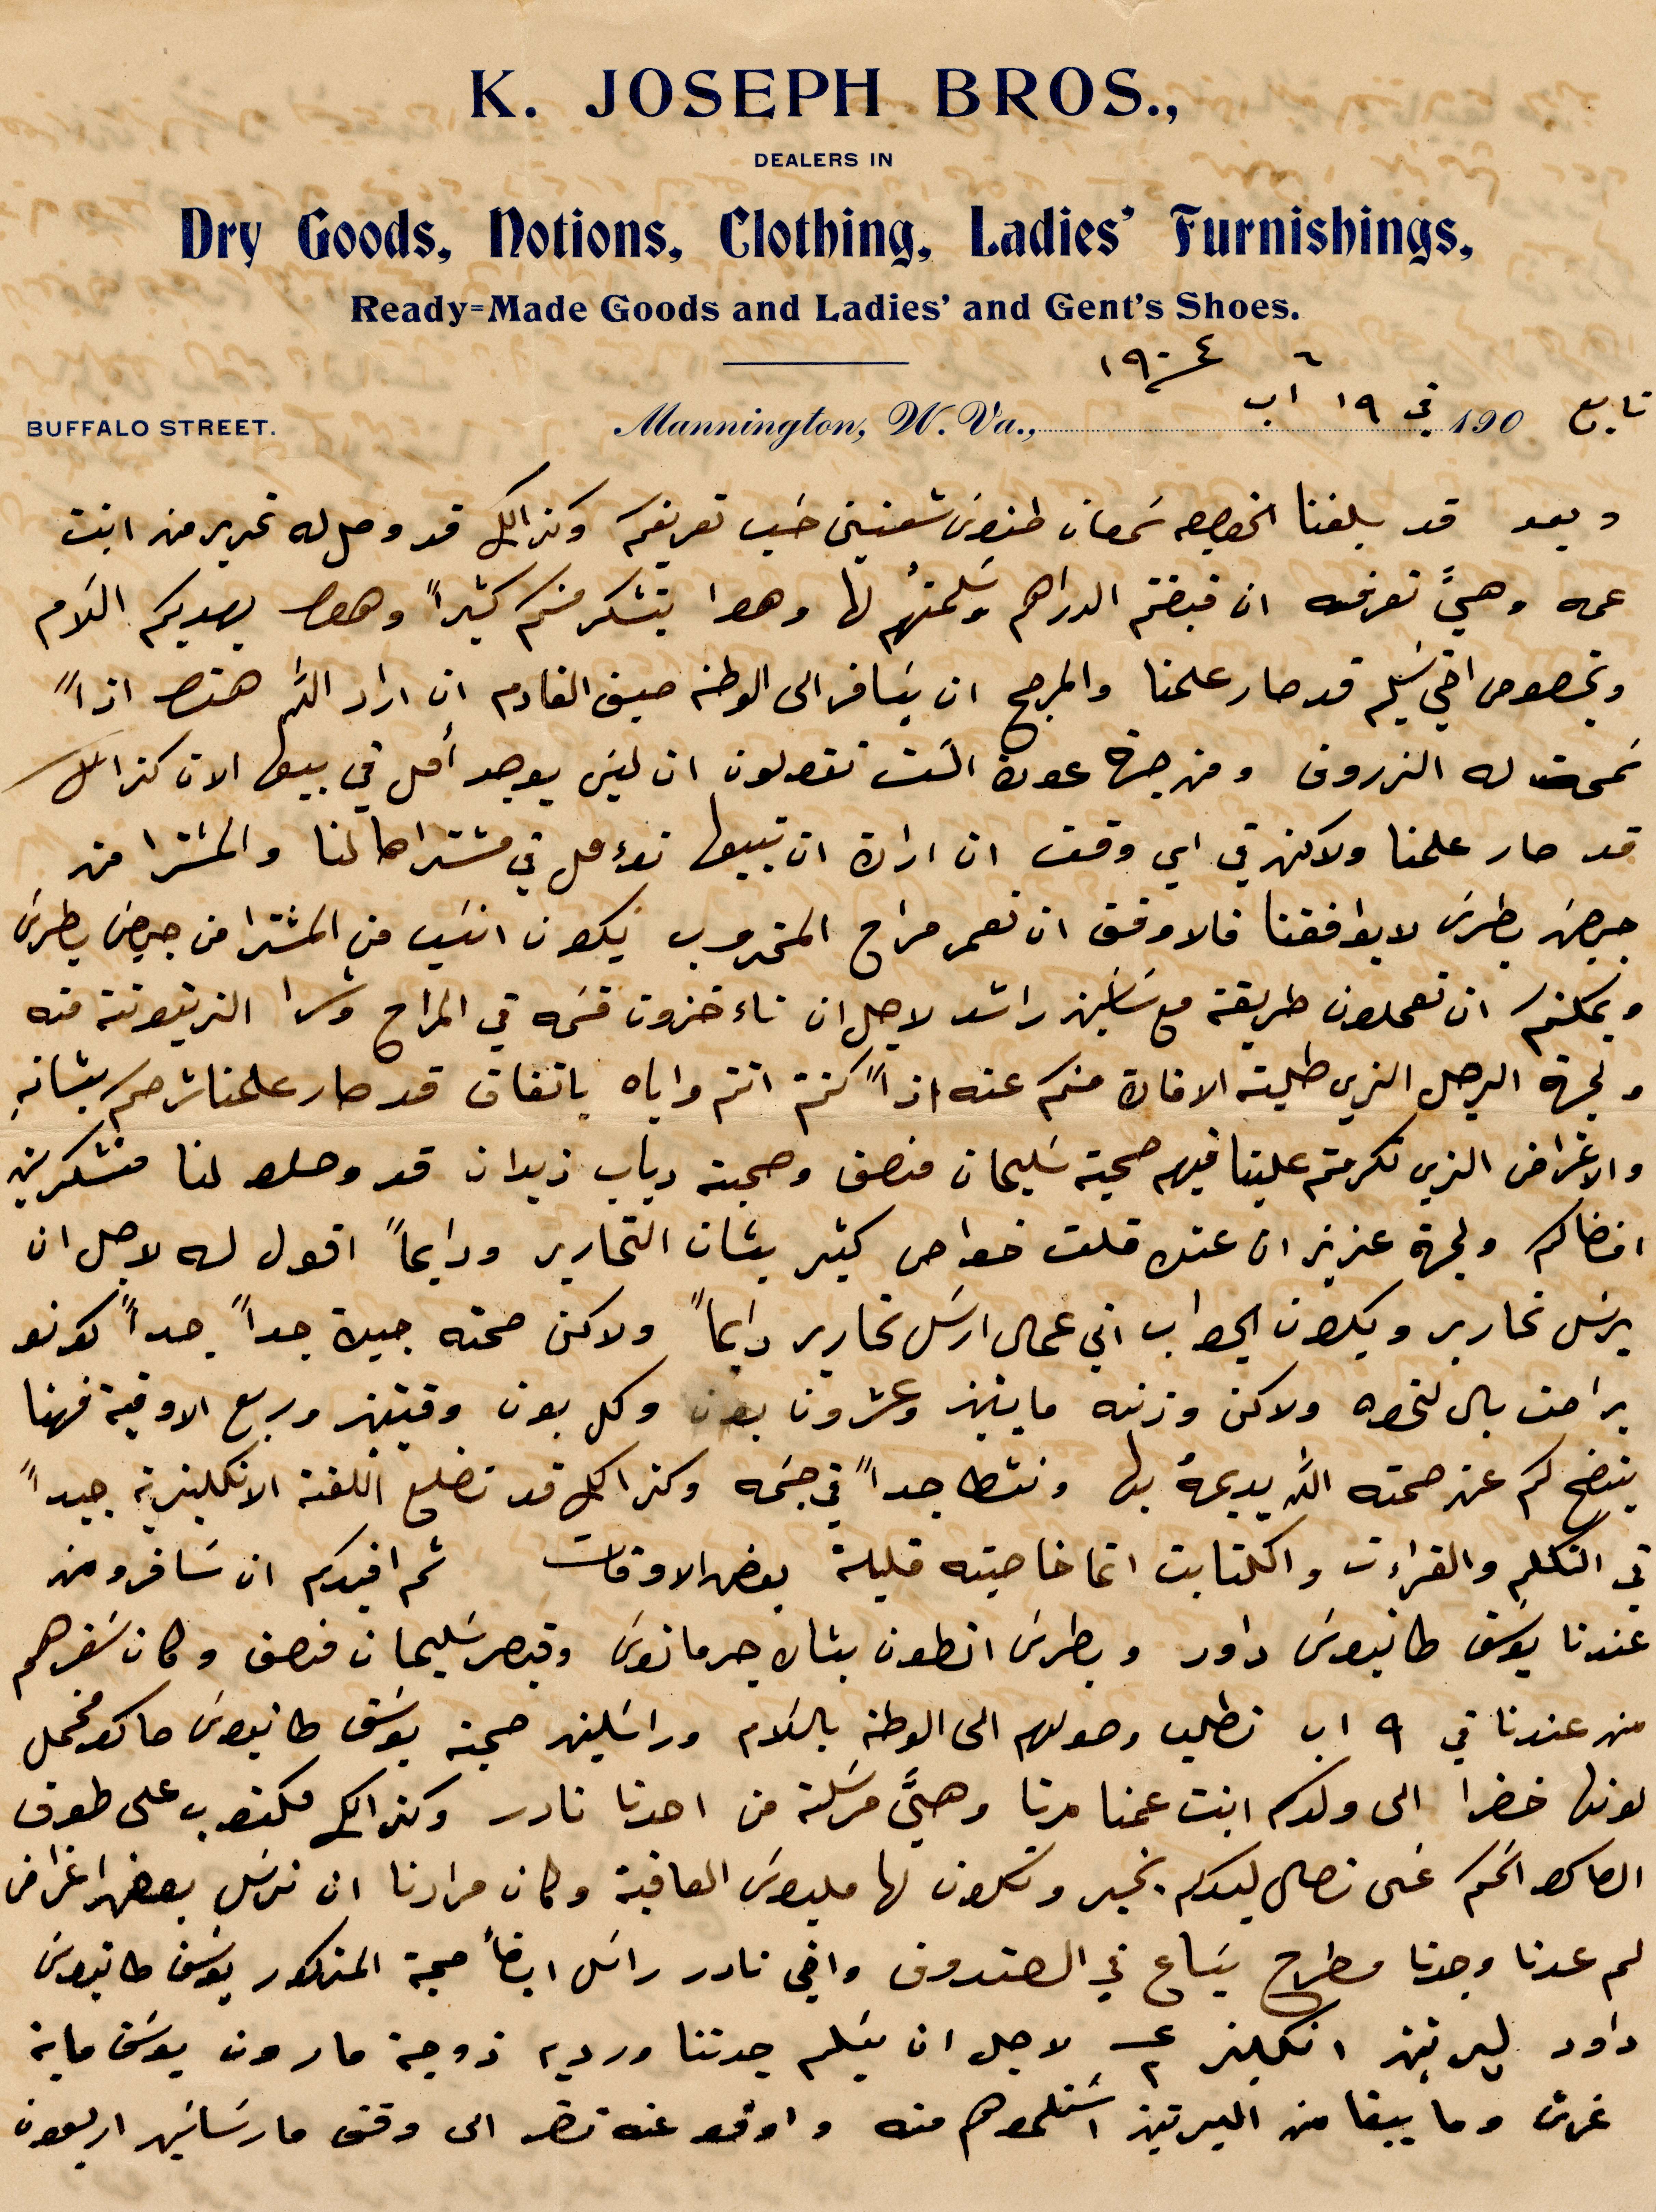
وبعد قد بلغنا بخصوص سمعان طنوس شعنيني حسب تعريفكم وكذلك قد وصل له تحرير من ابنت
عمه وهي تعرفه ان قبضتم الدراهم وسلمتم لها وهو يتشكر منكم كثيرًا وهو يهديكم السلام
وبخصوص اخي سليم قد صار علمنا والمرجح ان يسافر الى الوطن صيف القادم ان أراد الله هنا اذًا
نمحة له التدرون ومن جهة عون اكت تقولون ان ليس يوجد امل في بيعها الان كذلك
قد صار علمنا ولانهم في أي وقت ان أراد ان تبيعها تؤمل في مشتراها لنا والمشترا من
جهة بطرس لا يوافقنا فالاوفق ان تعمر مراح المخروب يكون انسب من المشترا من جهة بطرس
ويمكنكم ان يعملون طريقة ما سياسين راشد لاجل ان تاءخذون قسمه في المراح وشرا الزيتونة منه
ولجهة الرجل الذي طلبته الافاة منكم عنه اذًا كنتم واياه باتفاق قد صار علمنا %%
والاغراض الذين تكرمتم علينا فيهم صحية سليمان منصف وصحبته دياب زيدان قد وصلو لنا متشكرين
افضالكم ولجهة عزيز ان عنك قلت خواص كثير بشان التحارير ودايمًا أقول له لاجل ان
يرسل تحارير ويكون الجواب اني عمال ارسل تحارير دايمًا ولاكن صحته جيدة جدًا جدًا كوانو
براحت بال لنحوه ولاكن وزنه وما ينهز وعشرون بون وكل بون وقتئذ وربع الواقية فهنا
يتضح كم عن صمته الله يديمه بها ونشط جدًا في جسمه وكتر اكل قد تضلع اللفن الإنكليزية جيدًا
اني التكلم الوقراءات والكتابت انما خاصيته قليلة بعض الأوقات ثم اقيدكم ان تسافر ومن
عندنا يوسف طانيوس داود وبطرس أنطون بشان جرمانوس وقيصر سليمان فنصف وكان سفرهم
من عندنا في  ۹ اب نطلب وصولهم الى الوطن بالسلام وراسكلين صحبة يوسف طانيوس ماكو مخمل
لونها خضرا الى ولدكم ابنت عمنا مرتا وهيَّ مرسلة من احدنا نادر وكذلك مكتوب على طوق
الماكو الحكم على نصل ليدكم بخبر وتكون لها مليون العافية وكان مرادنا ان نرسل بعض أغراض
لم عدنا وجدنا مطرح يساع في الصندوق واخي نادر راسل ايضًأ حجة المذكور يوسف طانيوس
داود ليرتين انكليز ٢  لاجل ان يتسلم جدتنا وردية زوجة مارون يوسف ماية
غرش وما يبقا من البرتيز استلموهم منه واوقف عنه نضر الى وقت مارساسين أربعون